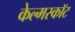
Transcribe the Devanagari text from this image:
केल्मस्काॅट